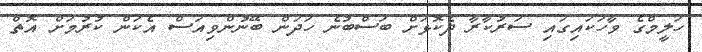
ހަލީމްގެ ވާހަކައިގައި ސަރުކާރާ ދެކޮޅަށް ބަސްބުނެ ހަދަން ބޭނުންވިއަސް އެކަން ކުރުމަށް އޮތް